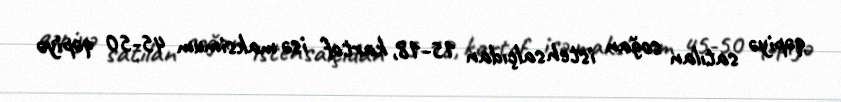
qəpiyə satılan soğan istehsalçıdan 15-18, kartof isə maksimum 45-50 qəpiyə